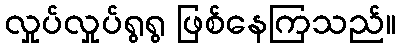
လှုပ်လှုပ်ရွရွ ဖြစ်နေကြသည်။